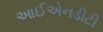
આઈએનડીટી